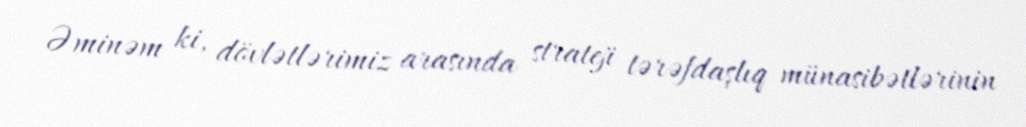
Əminəm ki, dövlətlərimiz arasında strateji tərəfdaşlıq münasibətlərinin